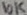
Text: 10K